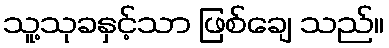
သူ့သုခနှင့်သာ ဖြစ်ချေ သည်။